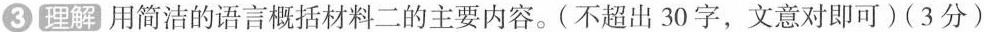
③ 理解 用简洁的语言概括材料二的主要内容。(不超出30字，文意对即可)(3分)